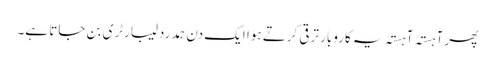
پھر آہستہ آہستہ یہ کاروبار ترقی کرتے ہوا ایک دن ہمدرد لیبارٹری بن جاتا ہے۔